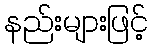
နည်းများဖြင့်